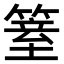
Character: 𥱆